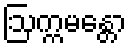
ဩက္ကမန္တော